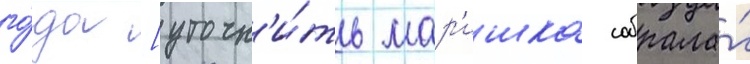
го́да [уточн'и́ть мар'ишка собрала́